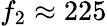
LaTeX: f_{2}\approx 225